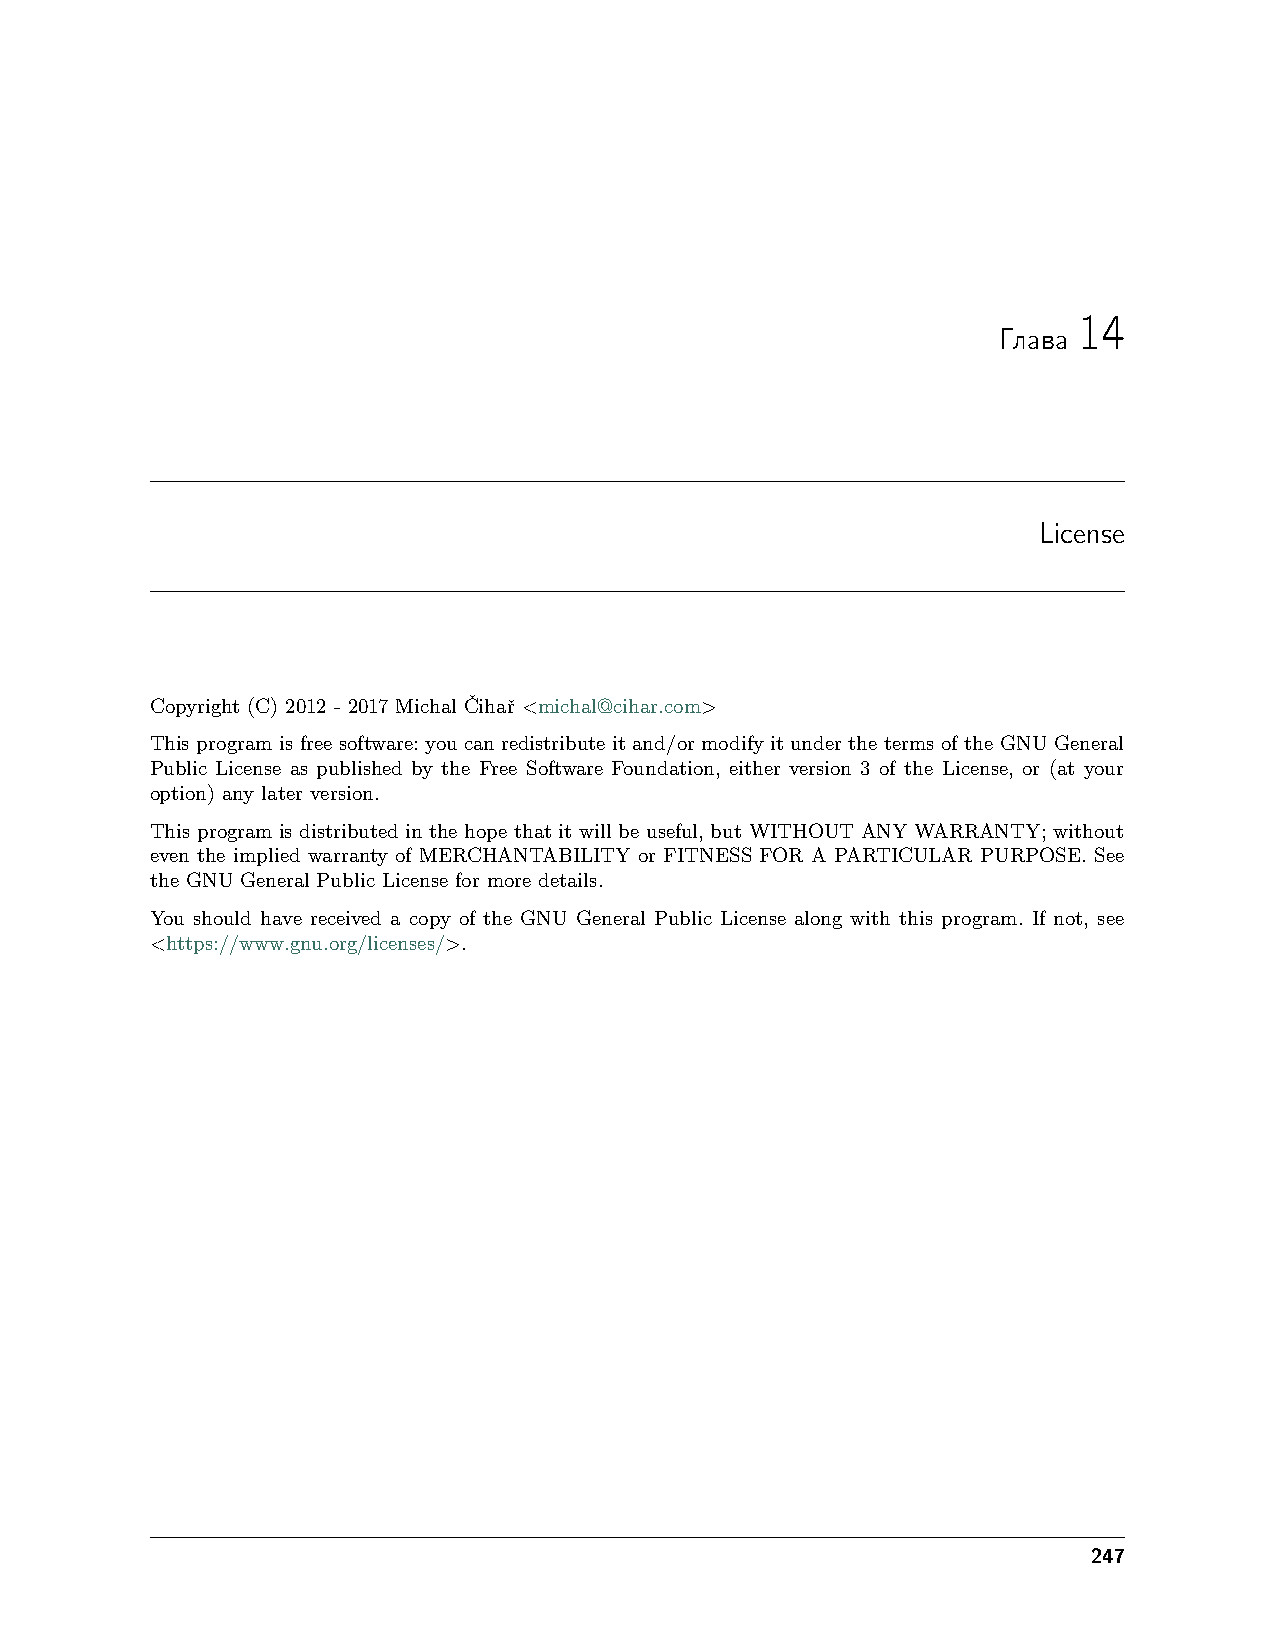
14
 Глава
 License
 Copyright (C) 2012 - 2017 Michal Cˇihaˇr <michal@cihar.com>
 This program is free software: you can redistribute it and/or modify it under the terms of the GNU General
 Public License as published by the Free Software Foundation, either version 3 of the License, or (at your
 option) any later version.
 This program is distributed in the hope that it will be useful, but WITHOUT ANY WARRANTY; without
 even the implied warranty of MERCHANTABILITY or FITNESS FOR A PARTICULAR PURPOSE. See
 the GNU General Public License for more details.
 You should have received a copy of the GNU General Public License along with this program. If not, see
 <https://www.gnu.org/licenses/>.
 247